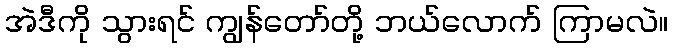
အဲဒီကို သွားရင် ကျွန်တော်တို့ ဘယ်လောက် ကြာမလဲ။